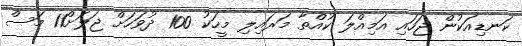
ކަނޑިއަކުން ޖަހައި އަމިއްލަ ކުއްތާ މަރައިލި މީހަކު 100 ދުވަހަށް ޖަލަށް11 މަސް